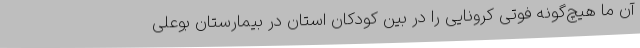
آن ما هیچ‌گونه فوتی کرونایی را در بین کودکان استان در بیمارستان بوعلی